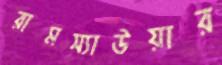
রামস্যাউয়ার